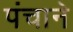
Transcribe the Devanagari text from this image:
पंचाने